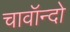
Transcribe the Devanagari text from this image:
चावॉन्दो